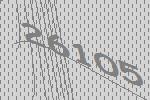
26105